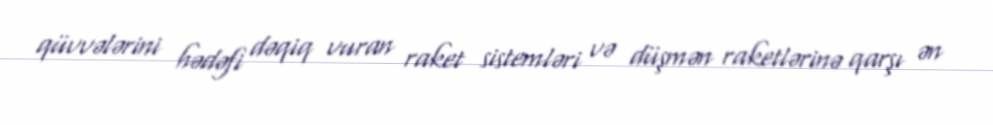
qüvvələrini hədəfi dəqiq vuran raket sistemləri və düşmən raketlərinə qarşı ən